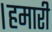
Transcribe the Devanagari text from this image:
।हमारी